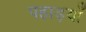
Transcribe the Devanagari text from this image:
पहाड़याँ